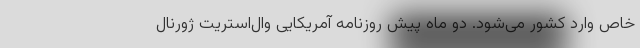
خاص وارد کشور می‌شود. دو ماه پیش روزنامه آمریکایی وال‌استریت ژورنال